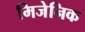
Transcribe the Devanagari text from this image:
मिजेनिक